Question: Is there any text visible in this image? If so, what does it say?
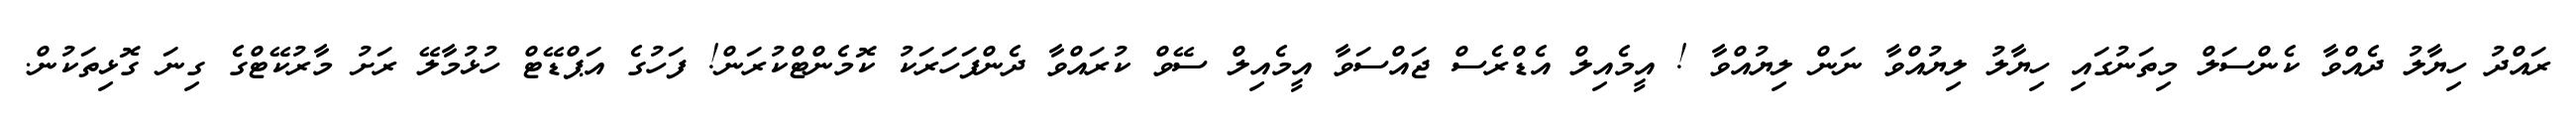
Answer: ރައްދު ހިޔާލު ދެއްވާ ކެންސަލް މިތަނުގައި ހިޔާލު ލިޔުއްވާ ނަން ލިޔުއްވާ ! އީމެއިލް އެޑްރެސް ޖައްސަވާ އީމެއިލް ސޭވް ކުރައްވާ ދެންފަހަރަކު ކޮމެންޓްކުރަން! ފަހުގެ އަޕްޑޭޓް ހުޅުމާލޭ ރަށު މާރުކޭޓްގެ ގިނަ ގޮޅިތަކުން.